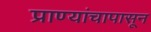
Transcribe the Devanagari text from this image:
प्राण्यांचापासून